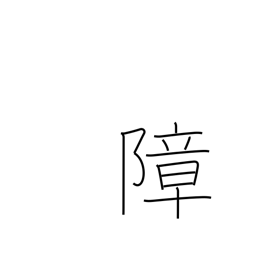
Meaning: hinder